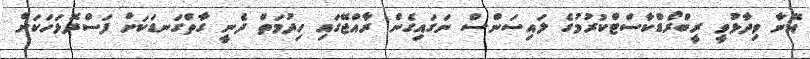
އޭނާ ވިދާޅުވީ ރީބްރޯޑްކާސްޓްކުރުމުގެ ލައިސަންސް ނަގައިގެން ރާއްޖޭގައި ހިދުމަތް ދެނީ ގާތްގަނޑަކަށް ފަސްދޮޅަހަކަށް